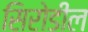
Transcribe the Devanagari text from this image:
सिरोडील